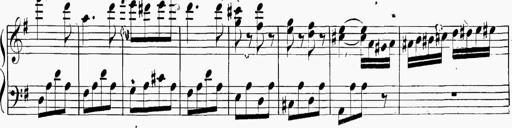
Title: 6 Sonatinas
Composer: Carl Reinecke